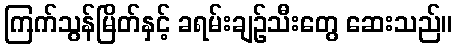
ကြက်သွန်မြိတ်နှင့် ခရမ်းချဉ်သီးတွေ ဆေးသည်။